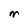
Character: M